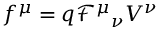
f ^ { \mu } = q \mathcal { F } ^ { \mu } { } _ { \nu } V ^ { \nu }